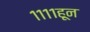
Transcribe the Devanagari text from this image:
११११हून